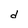
Character: d